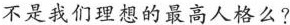
不是我们理想的最高人格么？